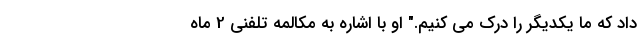
داد که ما یکدیگر را درک می کنیم." او با اشاره به مکالمه تلفنی 2 ماه